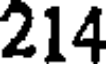
214